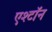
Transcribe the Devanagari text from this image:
एश्टॉन